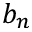
b _ { n }